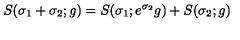
S ( \sigma _ { 1 } + \sigma _ { 2 } ; g ) = S ( \sigma _ { 1 } ; e ^ { \sigma _ { 2 } } g ) + S ( \sigma _ { 2 } ; g )